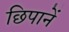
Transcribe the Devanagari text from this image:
छिपानें